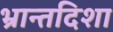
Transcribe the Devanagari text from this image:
भ्रान्तदिशा